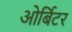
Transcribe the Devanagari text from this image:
ओर्बिटर